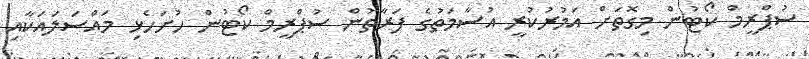
ސުޕްރީމް ކޯޓުން މިގޮތަށް އަމުރުކުރީ އުސާމަތުގެ ފަރާތުން ސުޕްރީމް ކޯޓުން ހުށަހެޅި މައްސަލައަކާއި